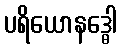
ပရိယောနဒ္ဓေါ